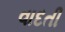
વાદતી